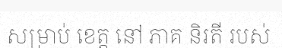
សម្រាប់ ខេត្ត នៅ ភាគ និរតី របស់